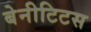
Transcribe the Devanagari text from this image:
बेनीटिटस